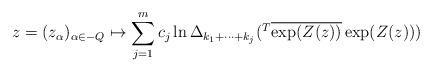
LaTeX: \begin{align*}z = (z_{\alpha})_{\alpha \in -Q} \mapsto \sum_{j=1}^m c_j \ln \Delta_{k_1 + \cdots + k_j}({}^T \overline{\exp(Z(z))} \exp(Z(z)) )\end{align*}